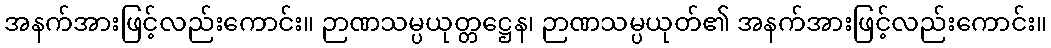
အနက်အားဖြင့်လည်းကောင်း။ ဉာဏသမ္ပယုတ္တဋ္ဌေန၊ ဉာဏသမ္ပယုတ်၏ အနက်အားဖြင့်လည်းကောင်း။